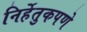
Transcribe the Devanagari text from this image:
निर्हेतुकपणे